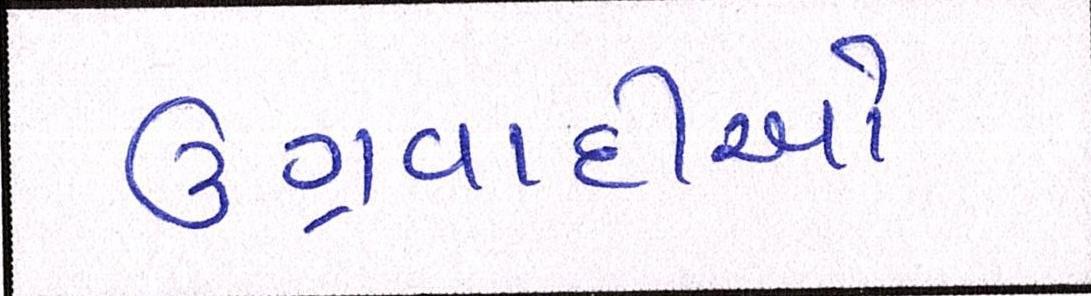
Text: ઉગ્રવાદીઓ